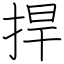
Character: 捍